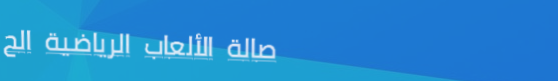
صالة الألعاب الرياضية الح